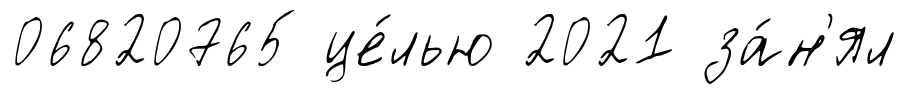
06820765 це́лью 2021 за́н'ял